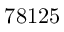
7 8 1 2 5